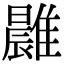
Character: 𩀭